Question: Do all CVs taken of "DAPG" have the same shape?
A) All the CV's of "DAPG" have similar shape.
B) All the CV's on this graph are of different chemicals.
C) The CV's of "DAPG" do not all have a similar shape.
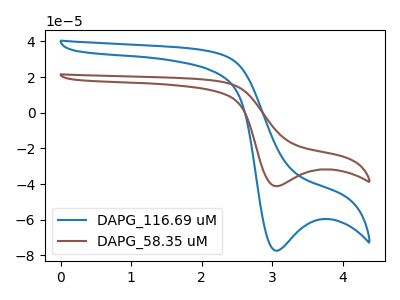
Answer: <think>The blue curve "DAPG_116.69 uM" has a cathodic peak at: (3.05V, -77.35uA). The brown curve "DAPG_58.35 uM" has a cathodic peak at: (3.05V, -41.20uA).
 All the peaks in "DAPG_116.69 uM" have a peak in "DAPG_58.35 uM" at the same potential. Every peak in "DAPG_116.69 uM" is higher than every peak in "DAPG_58.35 uM".</think>
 <answer>A) All the CV's of "DAPG" have similar shape.</answer>
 <eval>A</eval>